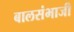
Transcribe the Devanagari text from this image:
बालसंभाजी